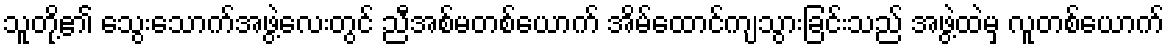
သူတို့၏ သွေးသောက်အဖွဲ့လေးတွင် ညီအစ်မတစ်ယောက် အိမ်ထောင်ကျသွားခြင်းသည် အဖွဲ့ထဲမှ လူတစ်ယောက်